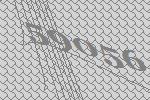
59056